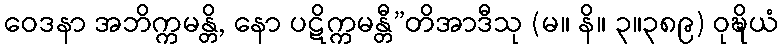
ဝေဒနာ အဘိက္ကမန္တိ, နော ပဋိက္ကမန္တီ”တိအာဒီသု (မ။ နိ။ ၃။၃၈၉) ဝုဍ္ဎိယံ